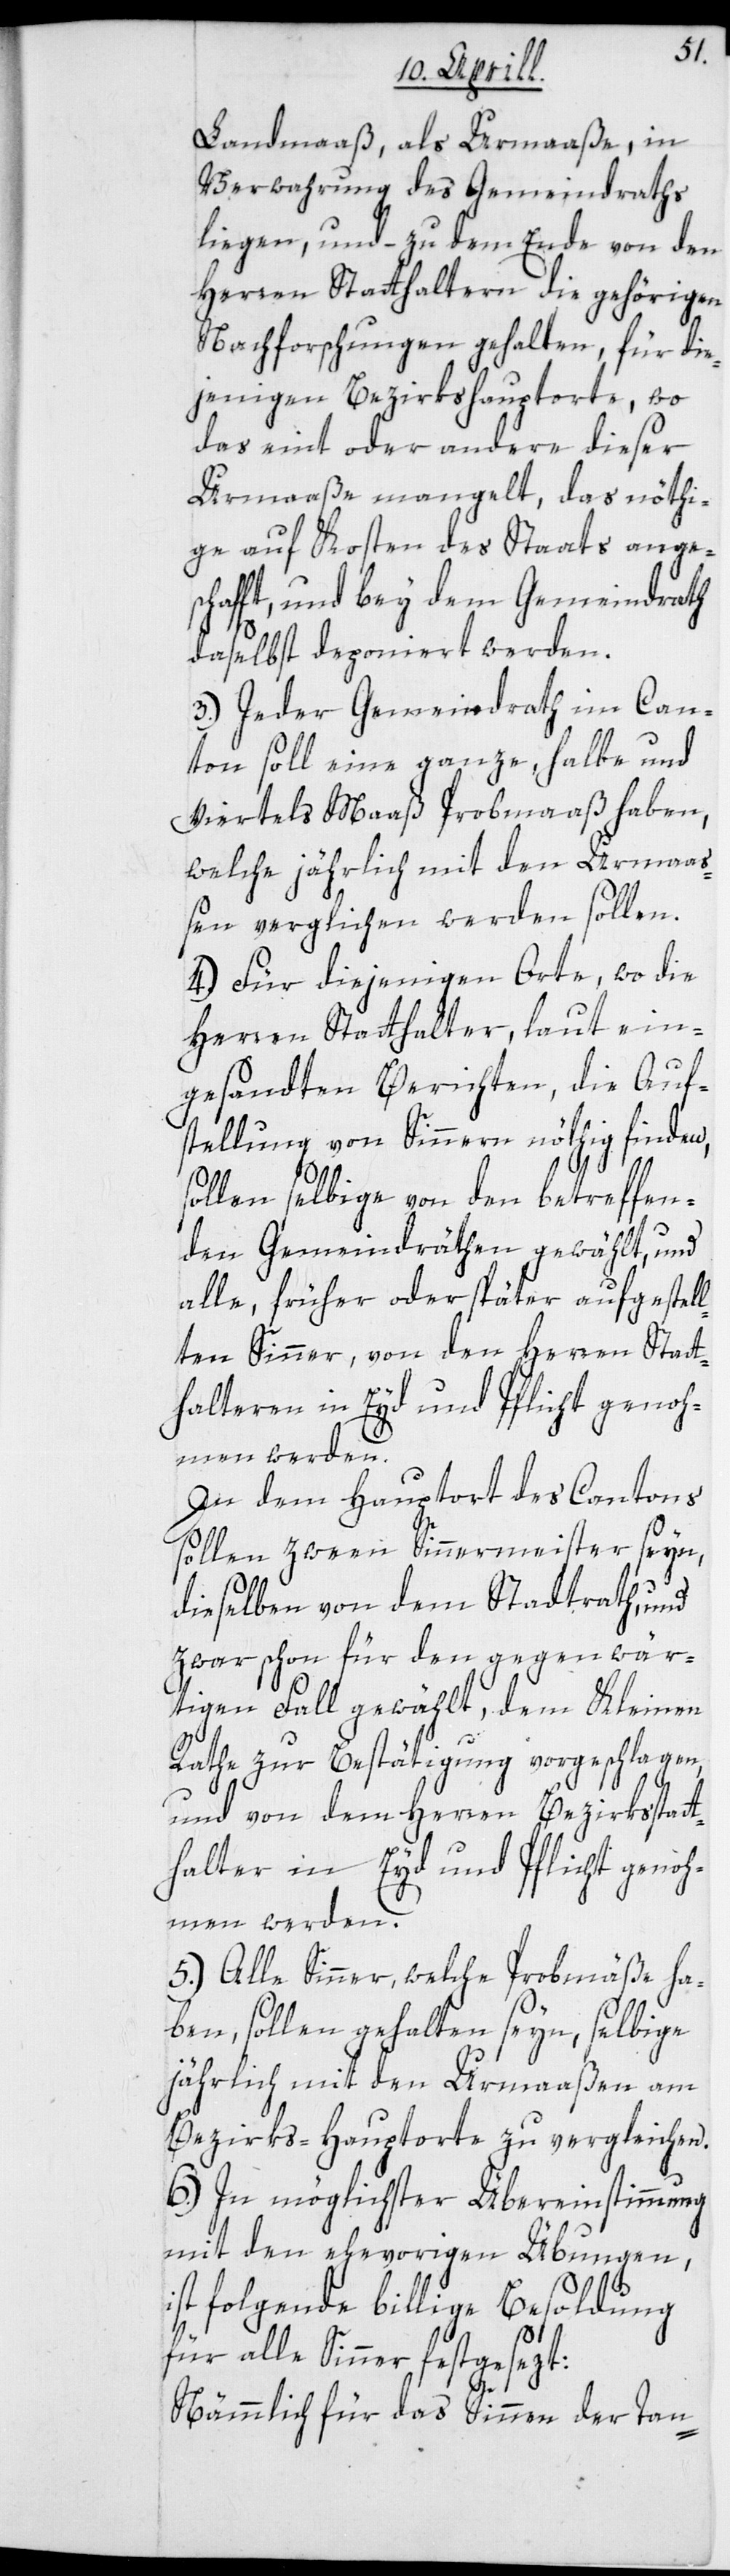
Landmaaß, als Urmaaße, in
Verwahrung des Gemeindraths
liegen, und – zu dem Ende von den
Herren Statthaltern die gehörigen
Nachforschungen gehalten; für die¬
jenigen Bezirkshauptorte, wo
das eint oder andere dieser
Urmaaße mangelt, das nöthi¬
ge auf Kosten des Staats angesc¬
hafft, und bey dem Gemeindrath
daselbst deponiert werden.
3.) Jeder Gemeindrath im Can¬
ton soll eine ganze, halbe und
Viertels Maaß Probmaaß haben,
welche jährlich mit den Urmaaß¬
en verglichen werden sollen.
4.) Für diejenigen Orte, wo die
Herren Statthalter, laut ein¬
gesandten Berichten, die Auf¬
stellung von Sinnern nöthig finden,
sollen selbige von den betreffen¬
den Gemeindräthen gewählt und
alle, früher oder später aufgestell¬
ten Sinner, von den Herren Statt¬
halteren in Eyd und Pflicht genoh¬
men werden.
In dem Hauptort des Cantons
sollen zween Sinnermeister seyn,
dieselben von dem Stadtrath, und
zwar schon für den gegen wär¬
tigen Fall gewählt, dem Kleinen
Rathe zur Bestätigung vorgeschlagen,
und von dem Herren Bezirksstat¬
thalter in Eyd und Pflicht genoh¬
men werden.
5.) Alle Sinner, welche Probmäße ha¬
ben, sollen gehalten seyn, selbige
jährlich mit den Urmaaßen am
Bezirks-Hauptorte zu vergleichen.
6.) In möglichster Übereinstimmung
mit den ehevorigen Übungen,
ist folgende billige Besoldung
für alle Sinner festgesezt:
Nämmlich für das Sinnen der Tan-